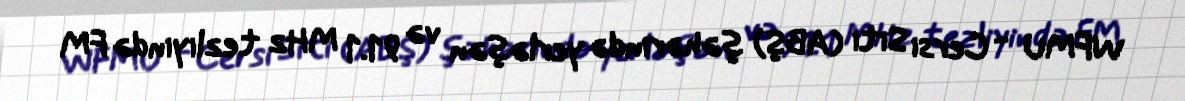
WFMU - Cersi Siti (ABŞ) şəhərində yerləşən və 91.1 MHz tezliyində FM